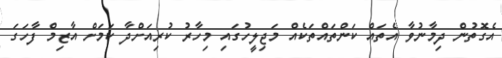
އެގޮތުން ދިމާނުވާ އެތައް ކަންތައްތަކެއް މަޖިލީހުގައި މިހާރު ކުރިއަށްދާ ކަމަށް އާޒިމް ފާހަގަ